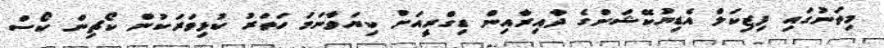
މިތަނުގައި ފިޒިކަލް އެޑިޔުކޭޝަންގެ ދާއިރާއިން ޑިގްރީއަށް ކިޔަވާނަމަ ހަތަރު ކުޅިވަރަކުން ކޯޗިން ކޯސް